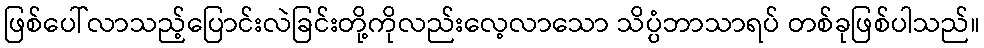
ဖြစ်ပေါ်လာသည့်ပြောင်းလဲခြင်းတို့ကိုလည်းလေ့လာသော သိပ္ပံဘာသာရပ် တစ်ခုဖြစ်ပါသည်။